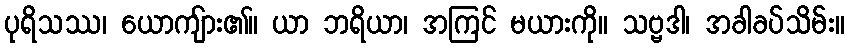
ပုရိသဿ၊ ယောကျ်ား၏။ ယာ ဘရိယာ၊ အကြင် မယားကို။ သဗ္ဗဒါ၊ အခါခပ်သိမ်း။